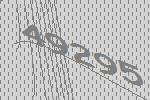
49295